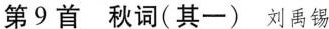
第9首 秋词(其一) 刘禹锡